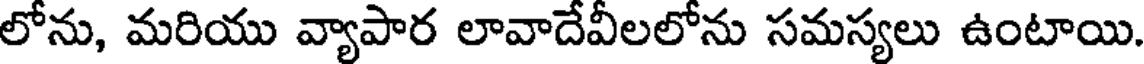
లోను, మరియు వ్యాపార లావాదేవీలలోను సమస్యలు ఉంటాయి.